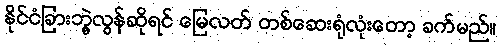
နိုင်ငံခြားဘွဲ့လွန်ဆိုရင် မြေလတ် တစ်ဆေးရုံလုံးတော့ ခက်မည်။